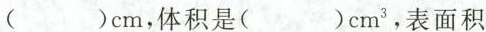
（ ）cm，体积是(（ ）cm^{3} ，表面积